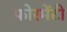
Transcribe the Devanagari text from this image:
फोरमेंटी